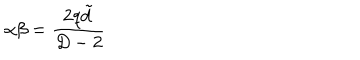
\alpha \beta = \frac { 2 q \tilde { d } } { D - 2 }